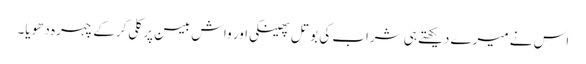
اس نے میرے دیکھتے ہی شراب کی بوتل پھینکی اور واش بیسن پر کلی کرکے چہرہ دھویا۔